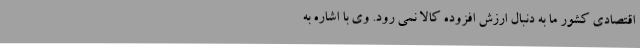
اقتصادی کشور ما به دنبال ارزش افزوده کالا نمی رود. وی با اشاره به